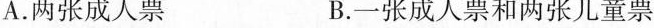
A.两张成人票 B.一张成人票和两张儿童票